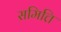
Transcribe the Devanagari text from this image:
समित्ति